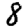
Digit: 8